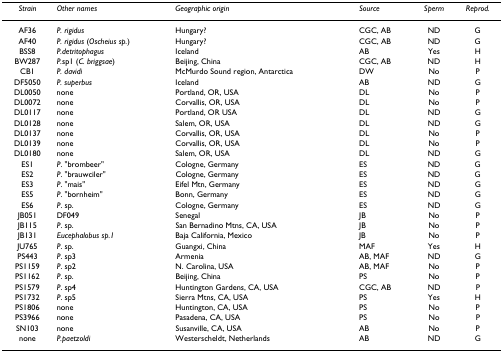
<table><thead><tr><td><b><i>Strain</i></b></td><td><b><i>Other names</i></b></td><td><b><i>Geographic origin</i></b></td><td><b><i>Source</i></b></td><td><b><i>Sperm</i></b></td><td><b><i>Reprod.</i></b></td></tr></thead><tbody><tr><td>AF36</td><td><i>P. rigidus</i></td><td>Hungary?</td><td>CGC, AB</td><td>ND</td><td>G</td></tr><tr><td>AF40</td><td><i>P. rigidus </i>(<i>Oscheius sp.</i>)</td><td>Hungary?</td><td>CGC, AB</td><td>ND</td><td>G</td></tr><tr><td>BSS8</td><td><i>P.detritophagus</i></td><td>Iceland</td><td>AB</td><td>Yes</td><td>H</td></tr><tr><td>BW287</td><td><i>P.</i>sp1 (<i>C. briggsae</i>)</td><td>Beijing, China</td><td>CGC, AB</td><td>ND</td><td>H</td></tr><tr><td>CB1</td><td><i>P. davidi</i></td><td>McMurdo Sound region, Antarctica</td><td>DW</td><td>No</td><td>P</td></tr><tr><td>DF5050</td><td><i>P. superbus</i></td><td>Iceland</td><td>AB</td><td>ND</td><td>G</td></tr><tr><td>DL0050</td><td>none</td><td>Portland, OR, USA</td><td>DL</td><td>No</td><td>P</td></tr><tr><td>DL0072</td><td>none</td><td>Corvallis, OR, USA</td><td>DL</td><td>No</td><td>P</td></tr><tr><td>DL0117</td><td>none</td><td>Portland, OR USA</td><td>DL</td><td>ND</td><td>G</td></tr><tr><td>DL0128</td><td>none</td><td>Salem, OR, USA</td><td>DL</td><td>ND</td><td>G</td></tr><tr><td>DL0137</td><td>none</td><td>Corvallis, OR, USA</td><td>DL</td><td>No</td><td>P</td></tr><tr><td>DL0139</td><td>none</td><td>Corvallis, OR, USA</td><td>DL</td><td>No</td><td>P</td></tr><tr><td>DL0180</td><td>none</td><td>Salem, OR, USA</td><td>DL</td><td>ND</td><td>G</td></tr><tr><td>ES1</td><td><i>P</i>. &quot;brombeer&quot;</td><td>Cologne, Germany</td><td>ES</td><td>ND</td><td>G</td></tr><tr><td>ES2</td><td><i>P</i>. &quot;brauwciler&quot;</td><td>Cologne, Germany</td><td>ES</td><td>ND</td><td>G</td></tr><tr><td>ES3</td><td><i>P</i>. &quot;mais&quot;</td><td>Eifel Mtn, Germany</td><td>ES</td><td>ND</td><td>G</td></tr><tr><td>ES5</td><td><i>P</i>. &quot;bornheim&quot;</td><td>Bonn, Germany</td><td>ES</td><td>ND</td><td>G</td></tr><tr><td>ES6</td><td><i>P</i>. sp.</td><td>Cologne, Germany</td><td>ES</td><td>ND</td><td>G</td></tr><tr><td>JB051</td><td>DF049</td><td>Senegal</td><td>JB</td><td>No</td><td>P</td></tr><tr><td>JB115</td><td><i>P</i>. sp.</td><td>San Bernadino Mtns, CA, USA</td><td>JB</td><td>No</td><td>P</td></tr><tr><td>JB131</td><td><i>Eucephalobus sp.1</i></td><td>Baja California, Mexico</td><td>JB</td><td>No</td><td>P</td></tr><tr><td>JU765</td><td><i>P</i>. sp.</td><td>Guangxi, China</td><td>MAF</td><td>Yes</td><td>H</td></tr><tr><td>PS443</td><td><i>P</i>. sp3</td><td>Armenia</td><td>AB, MAF</td><td>ND</td><td>G</td></tr><tr><td>PS1159</td><td><i>P</i>. sp2</td><td>N. Carolina, USA</td><td>AB, MAF</td><td>No</td><td>P</td></tr><tr><td>PS1162</td><td><i>P</i>. sp.</td><td>Beijing, China</td><td>PS</td><td>No</td><td>P</td></tr><tr><td>PS1579</td><td><i>P</i>. sp4</td><td>Huntington Gardens, CA, USA</td><td>CGC, AB</td><td>ND</td><td>P</td></tr><tr><td>PS1732</td><td><i>P</i>. sp5</td><td>Sierra Mtns, CA, USA</td><td>PS</td><td>Yes</td><td>H</td></tr><tr><td>PS1806</td><td>none</td><td>Huntington, CA, USA</td><td>PS</td><td>No</td><td>P</td></tr><tr><td>PS3966</td><td>none</td><td>Pasadena, CA, USA</td><td>PS</td><td>No</td><td>P</td></tr><tr><td>SN103</td><td>none</td><td>Susanville, CA, USA</td><td>AB</td><td>No</td><td>P</td></tr><tr><td>none</td><td><i>P.paetzoldi</i></td><td>Westerscheldt, Netherlands</td><td>AB</td><td>ND</td><td>G</td></tr></tbody></table>